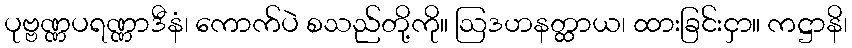
ပုဗ္ဗဏ္ဏပရဏ္ဏာဒီနံ၊ ကောက်ပဲ စသည်တို့ကို။ ဩဒဟနတ္ထာယ၊ ထားခြင်းငှာ။ ကဋ္ဌာနိ၊